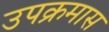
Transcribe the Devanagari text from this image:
उपक्रमास